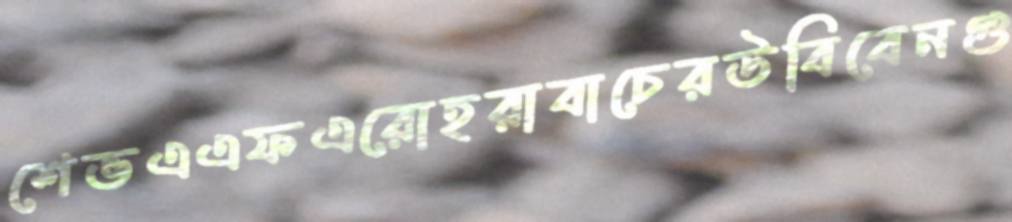
শেভএএফএরোহরাবাচেরউবিবেনগু